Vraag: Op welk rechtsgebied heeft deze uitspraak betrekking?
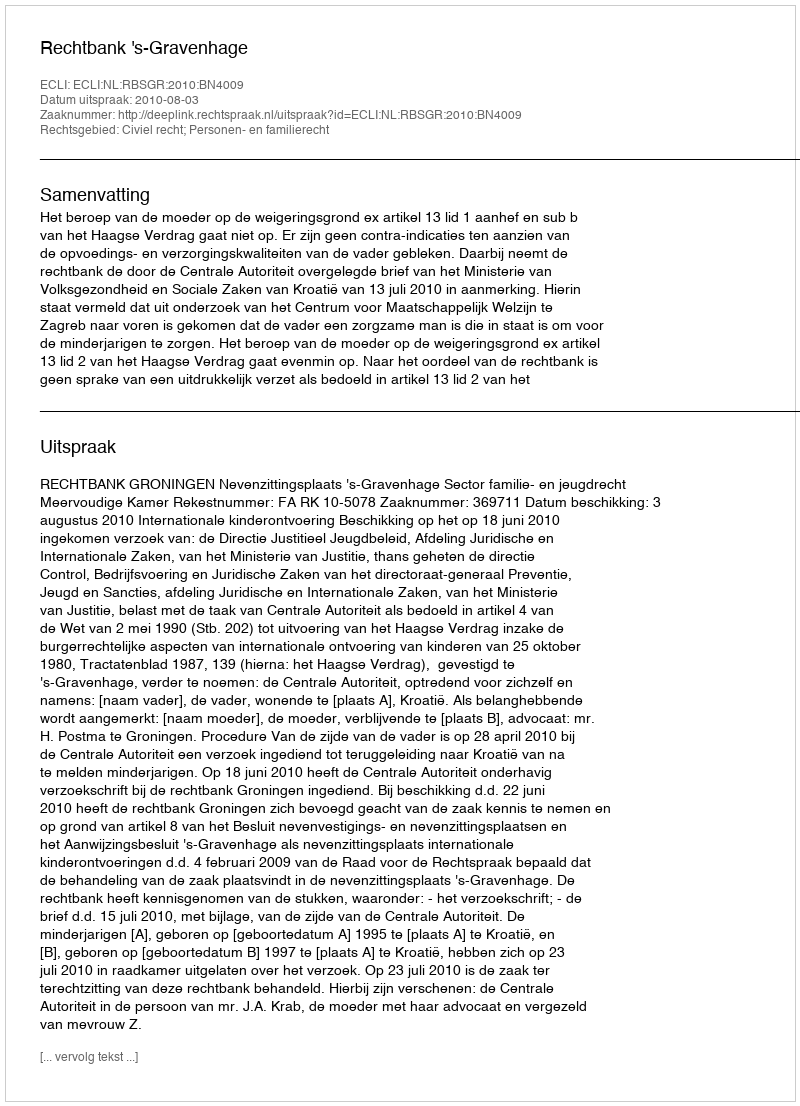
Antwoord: Civiel recht; Personen- en familierecht